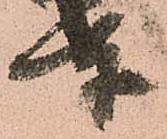
奉